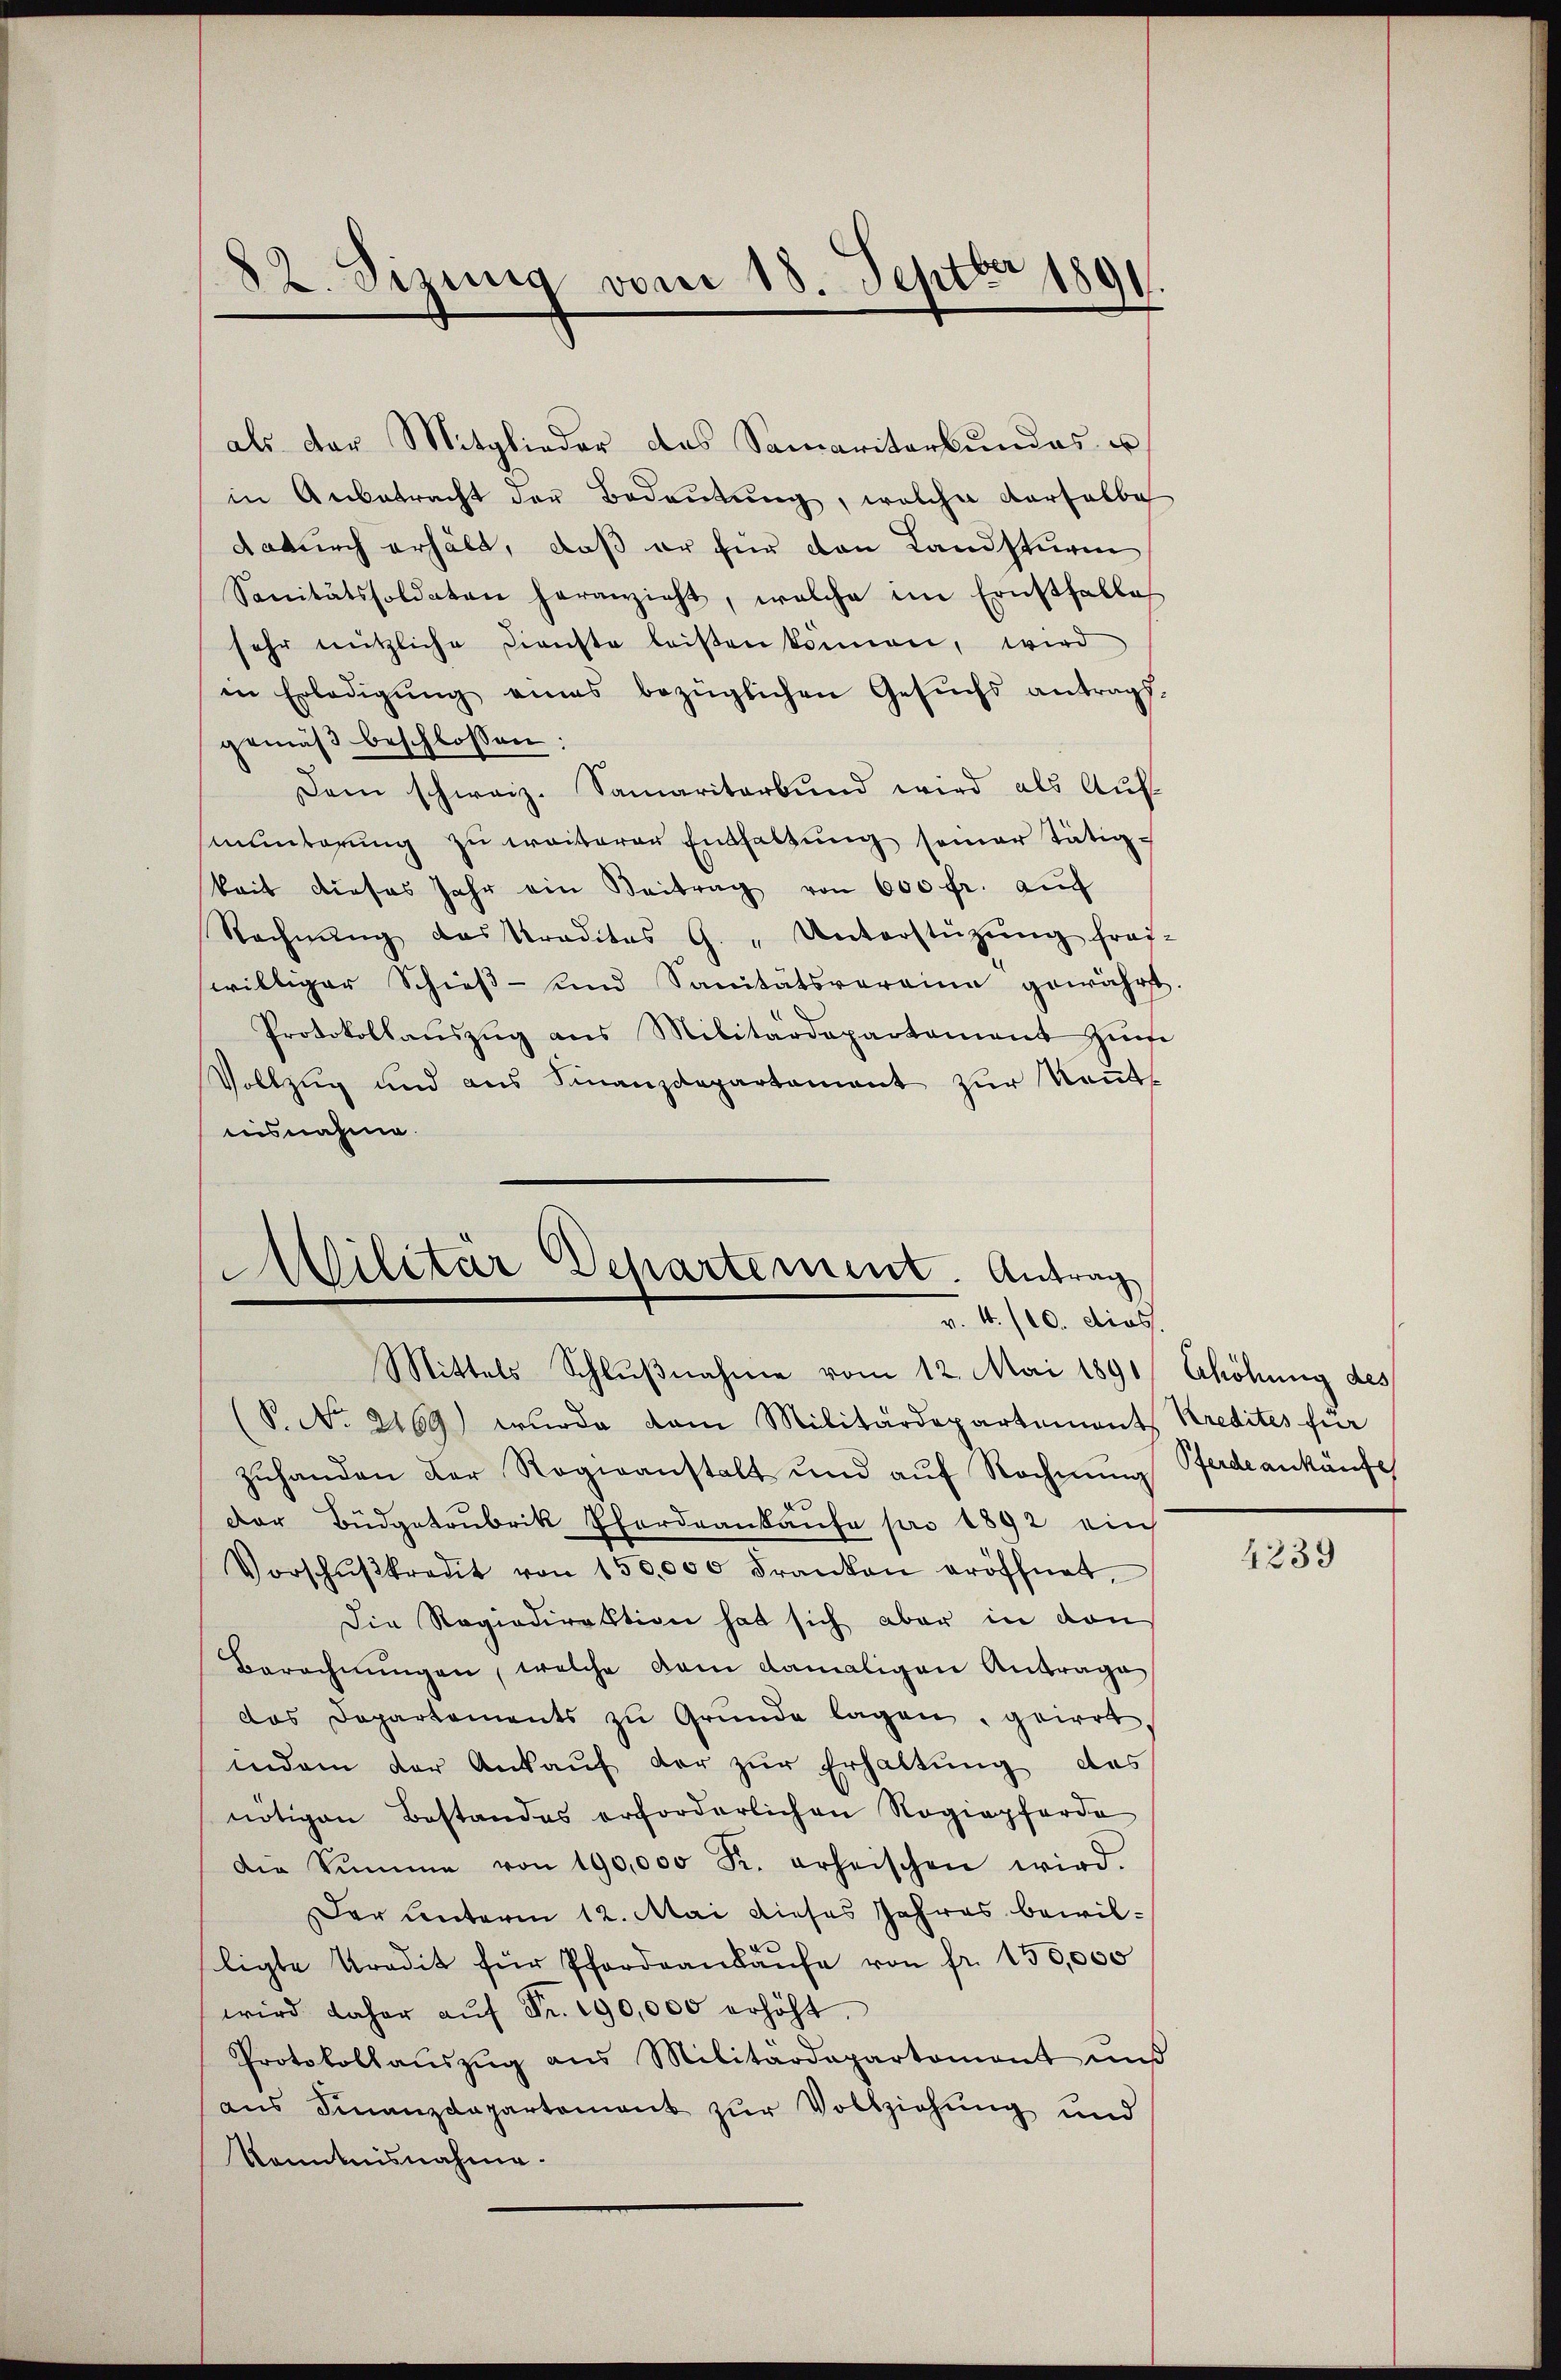
82. Sizung vom 18. Septbr 1891.

als der Mitglieder das Samaritarkŭndes u
in Anbetracht der Bedeŭtŭng, welcher derselbe
dadurch erhält, daß er für den Landsturm
Sanitätssoldaten heranzieht, welche im Ernstfalle
sehr nützliche Dienste leisen können, wird
in Erledigŭng eines bezüglichen Gesŭchs antrags-
gemäß beschlossen:
Dem schweiz. Samaritarbund wird als Auf-
munterung zu weiterer Enthaltung seiner tätigkeit dieses Jahr ein Beitrag von 600 fr. auch
Rechnŭng das Praditas G. "Unterstützŭng frag-
williger Schieβ- und Sanitätsvereine gewährt.
Protokollaŭszŭg ans Militärdepartement zŭm
Vollzug und aus Finanzdepartament zŭr Keṅt-
nisnahme.

Militär Departement. Antrag
v. 4./10. dies
Mittels Schlŭβnahme vom 12. Mai 1891/ Ehöhung des

(S. No. 2169) wurde vom Militärdepartement Kredites für
zŭhanden der Rogeanstalt und aŭf Rechnŭng Ferdankäufe
Der Büdgetrubrik Pfordeankaŭfe pro 1892 ein
Vorschŭβkredit von 150,000 Franken eröffnet,
Die Regiedirektion hat sich aber in von
Berechnŭngen, welche dem damaligen Antrage
das Departements zŭ Grŭnde lagen, geirrt
indem der Ankaŭf der zŭr Erhaltung des
nötigen Bestandes erforderlichen Ragiopferde
Die Summe von 190,000 R. erheischen wird.
Der Unterm 12. Mai dieses Jahres bewile
ligte Tradit für Pfordeankaŭfe von fr. 150,000
wird daher aŭf Fr. 190,000 erhöht.
Protokollaŭszŭg ans Militärdepartemont und
ans Finanzdepartement zŭr Vollziehŭng und
Kenntnisnahme.

4239